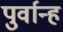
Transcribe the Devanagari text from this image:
पुर्वान्ह